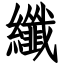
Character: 纖